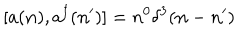
LaTeX: \lbrack a ( { \bf n } ) , a ^ { \dagger } ( { \bf n } ^ { \prime } ) ] = n ^ { 0 } \delta ^ { 3 } ( { \bf n } - { \bf n } ^ { \prime } )